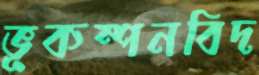
ভূকম্পনবিদ